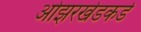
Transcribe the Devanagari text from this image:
ओझरखेडकडे